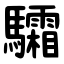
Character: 驦